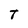
Character: T